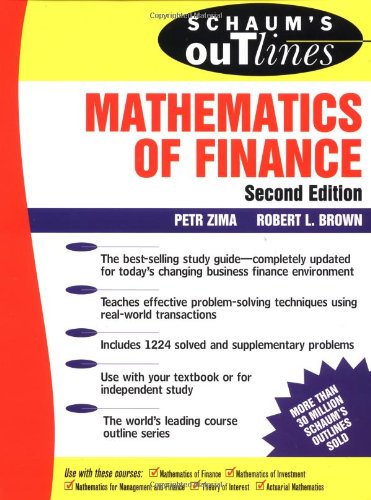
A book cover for Schaum's Outline of  Mathematics of Finance; Petr Zima; Business & Money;